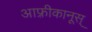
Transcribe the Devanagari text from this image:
आफ़्रीकानूस्